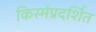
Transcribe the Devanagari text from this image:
किस्मेंप्रदर्शित